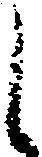
し